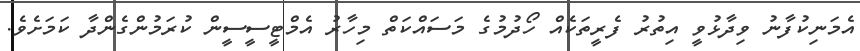
އެމަނިކުފާނު ވިދާޅުވީ އިތުރު ފެރީތަކެއް ހޯދުމުގެ މަސައްކަތް މިހާރު އެމްޓީސީސީން ކުރަމުންގެންދާ ކަމަށެވެ.